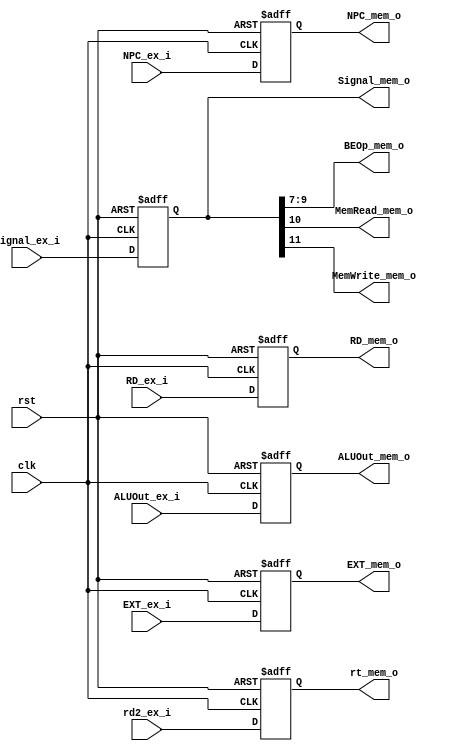
//EX/MEM Register (state element)
module EX_MEM(
  input        clk,
  input        rst,
  input  [31:0]Signal_ex_i,
  input  [31:0]NPC_ex_i,
  //input  [31:0]BA_ex_i,
  input  [31:0]ALUOut_ex_i,
  input  [31:0]rd2_ex_i,
  input  [31:0]EXT_ex_i,
  input  [31:0]RD_ex_i,

  output [31:0]Signal_mem_o,
  output [2:0] BEOp_mem_o,
  output       MemRead_mem_o,
  output       MemWrite_mem_o,
  output [31:0]NPC_mem_o,
  output [31:0]ALUOut_mem_o,
  output [31:0]rt_mem_o,
  output [31:0]EXT_mem_o,
  output [31:0]RD_mem_o
  );
  integer i;
  reg [31:0] EX_MEM_reg[6:0];
  /*
  EX_MEM_reg[0]: Signal_mem
  EX_MEM_reg[1]: NPC_mem
  EX_MEM_reg[2]: BA_mem
  EX_MEM_reg[3]: ALUOut_mem
  EX_MEM_reg[4]: B_mem
  EX_MEM_reg[5]: E_mem
  EX_MEM_reg[6]: RD_mem
  */
  
  always@(posedge clk or posedge rst)
  begin
    if (rst)
      begin
        for (i = 0; i < 7; i = i+1)
          EX_MEM_reg[i] = 32'h0;
      end
    else
      begin
        EX_MEM_reg[0] = Signal_ex_i;
        EX_MEM_reg[1] = NPC_ex_i;
        //EX_MEM_reg[2] = BA_ex_i;
        EX_MEM_reg[3] = ALUOut_ex_i;
        EX_MEM_reg[4] = rd2_ex_i;
        EX_MEM_reg[5] = EXT_ex_i;
        EX_MEM_reg[6] = RD_ex_i;
        $display("EX/MEM: Signal_mem = %8X, NPC_mem = %8X, ALUOut_ex = %8X, B_mem = %8X, E_mem = %8X, RD_mem = %8X", 
        EX_MEM_reg[0], EX_MEM_reg[1], EX_MEM_reg[3], EX_MEM_reg[4], EX_MEM_reg[5], EX_MEM_reg[6]);
      end
  end
  assign Signal_mem_o = EX_MEM_reg[0];
  assign BEOp_mem_o = EX_MEM_reg[0][9:7];
  assign MemRead_mem_o = EX_MEM_reg[0][10];
  assign MemWrite_mem_o = EX_MEM_reg[0][11];
  assign NPC_mem_o = EX_MEM_reg[1];
  assign ALUOut_mem_o = EX_MEM_reg[3];
  assign rt_mem_o = EX_MEM_reg[4];
  assign EXT_mem_o = EX_MEM_reg[5];
  assign RD_mem_o = EX_MEM_reg[6];
endmodule